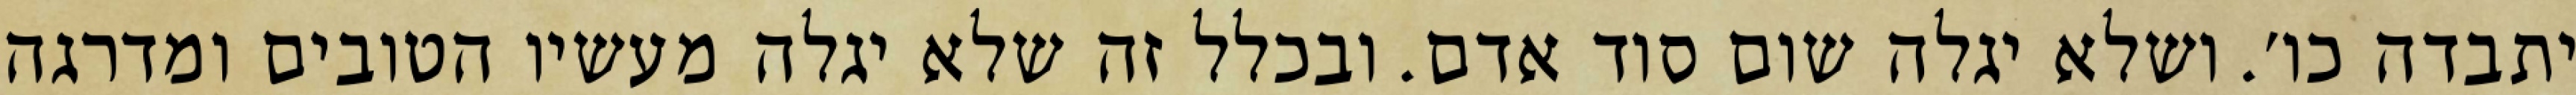
יתבדה כו׳. ושלא יגלה שום סוד אדם. ובכלל זה שלא יגלה מעשיו הטובים ומדרגה